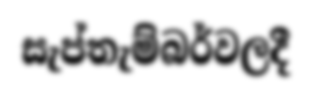
සැප්තැම්බර්වලදී